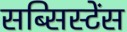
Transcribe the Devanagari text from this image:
सब्सिस्टेंस